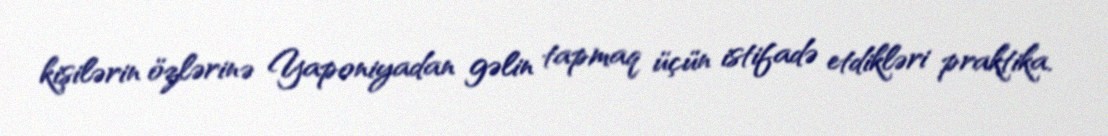
kişilərin özlərinə Yaponiyadan gəlin tapmaq üçün istifadə etdikləri praktika.